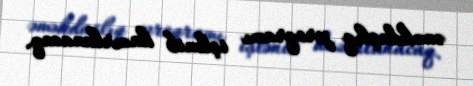
əməkdaşlıq proqramı işlənib hazırlanacaq.